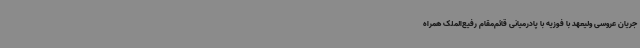
جریان عروسی ولیعهد با فوزیه با پادرمیانی قائم‌مقام رفیع‌الملک همراه